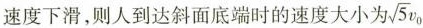
速度下滑，则人到达斜面底端时的速度大小为\sqrt{5}v_{0}